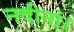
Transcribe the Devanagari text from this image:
नदीनां।